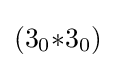
(3_{0}{*}3_{0})